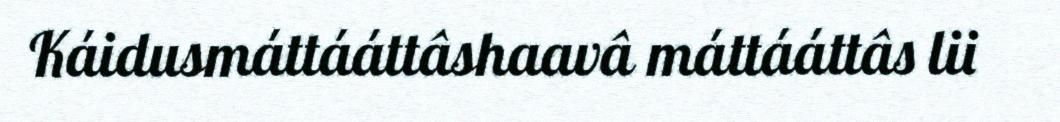
Káidusmáttááttâshaavâ máttááttâs lii